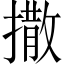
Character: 撒